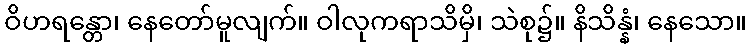
ဝိဟရန္တော၊ နေတော်မူလျက်။ ဝါလုကရာသိမှိ၊ သဲစု၌။ နိသိန္နံ၊ နေသော။